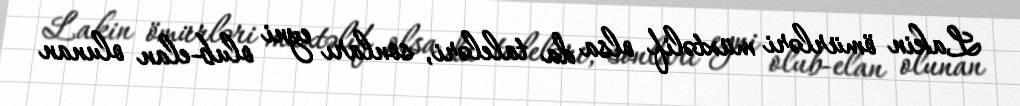
Lakin ömürləri müxtəlif olsa da taleləri, sonları eyni olub-elan olunan